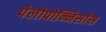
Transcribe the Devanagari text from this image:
पेलोपोन्निसोस